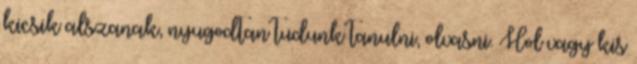
kicsik alszanak, nyugodtan tudunk tanulni, olvasni. Hol vagy kis